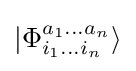
|\Phi _{i_{1}\ldots i_{n}}^{a_{1}\ldots a_{n}}\rangle